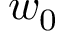
w _ { 0 }